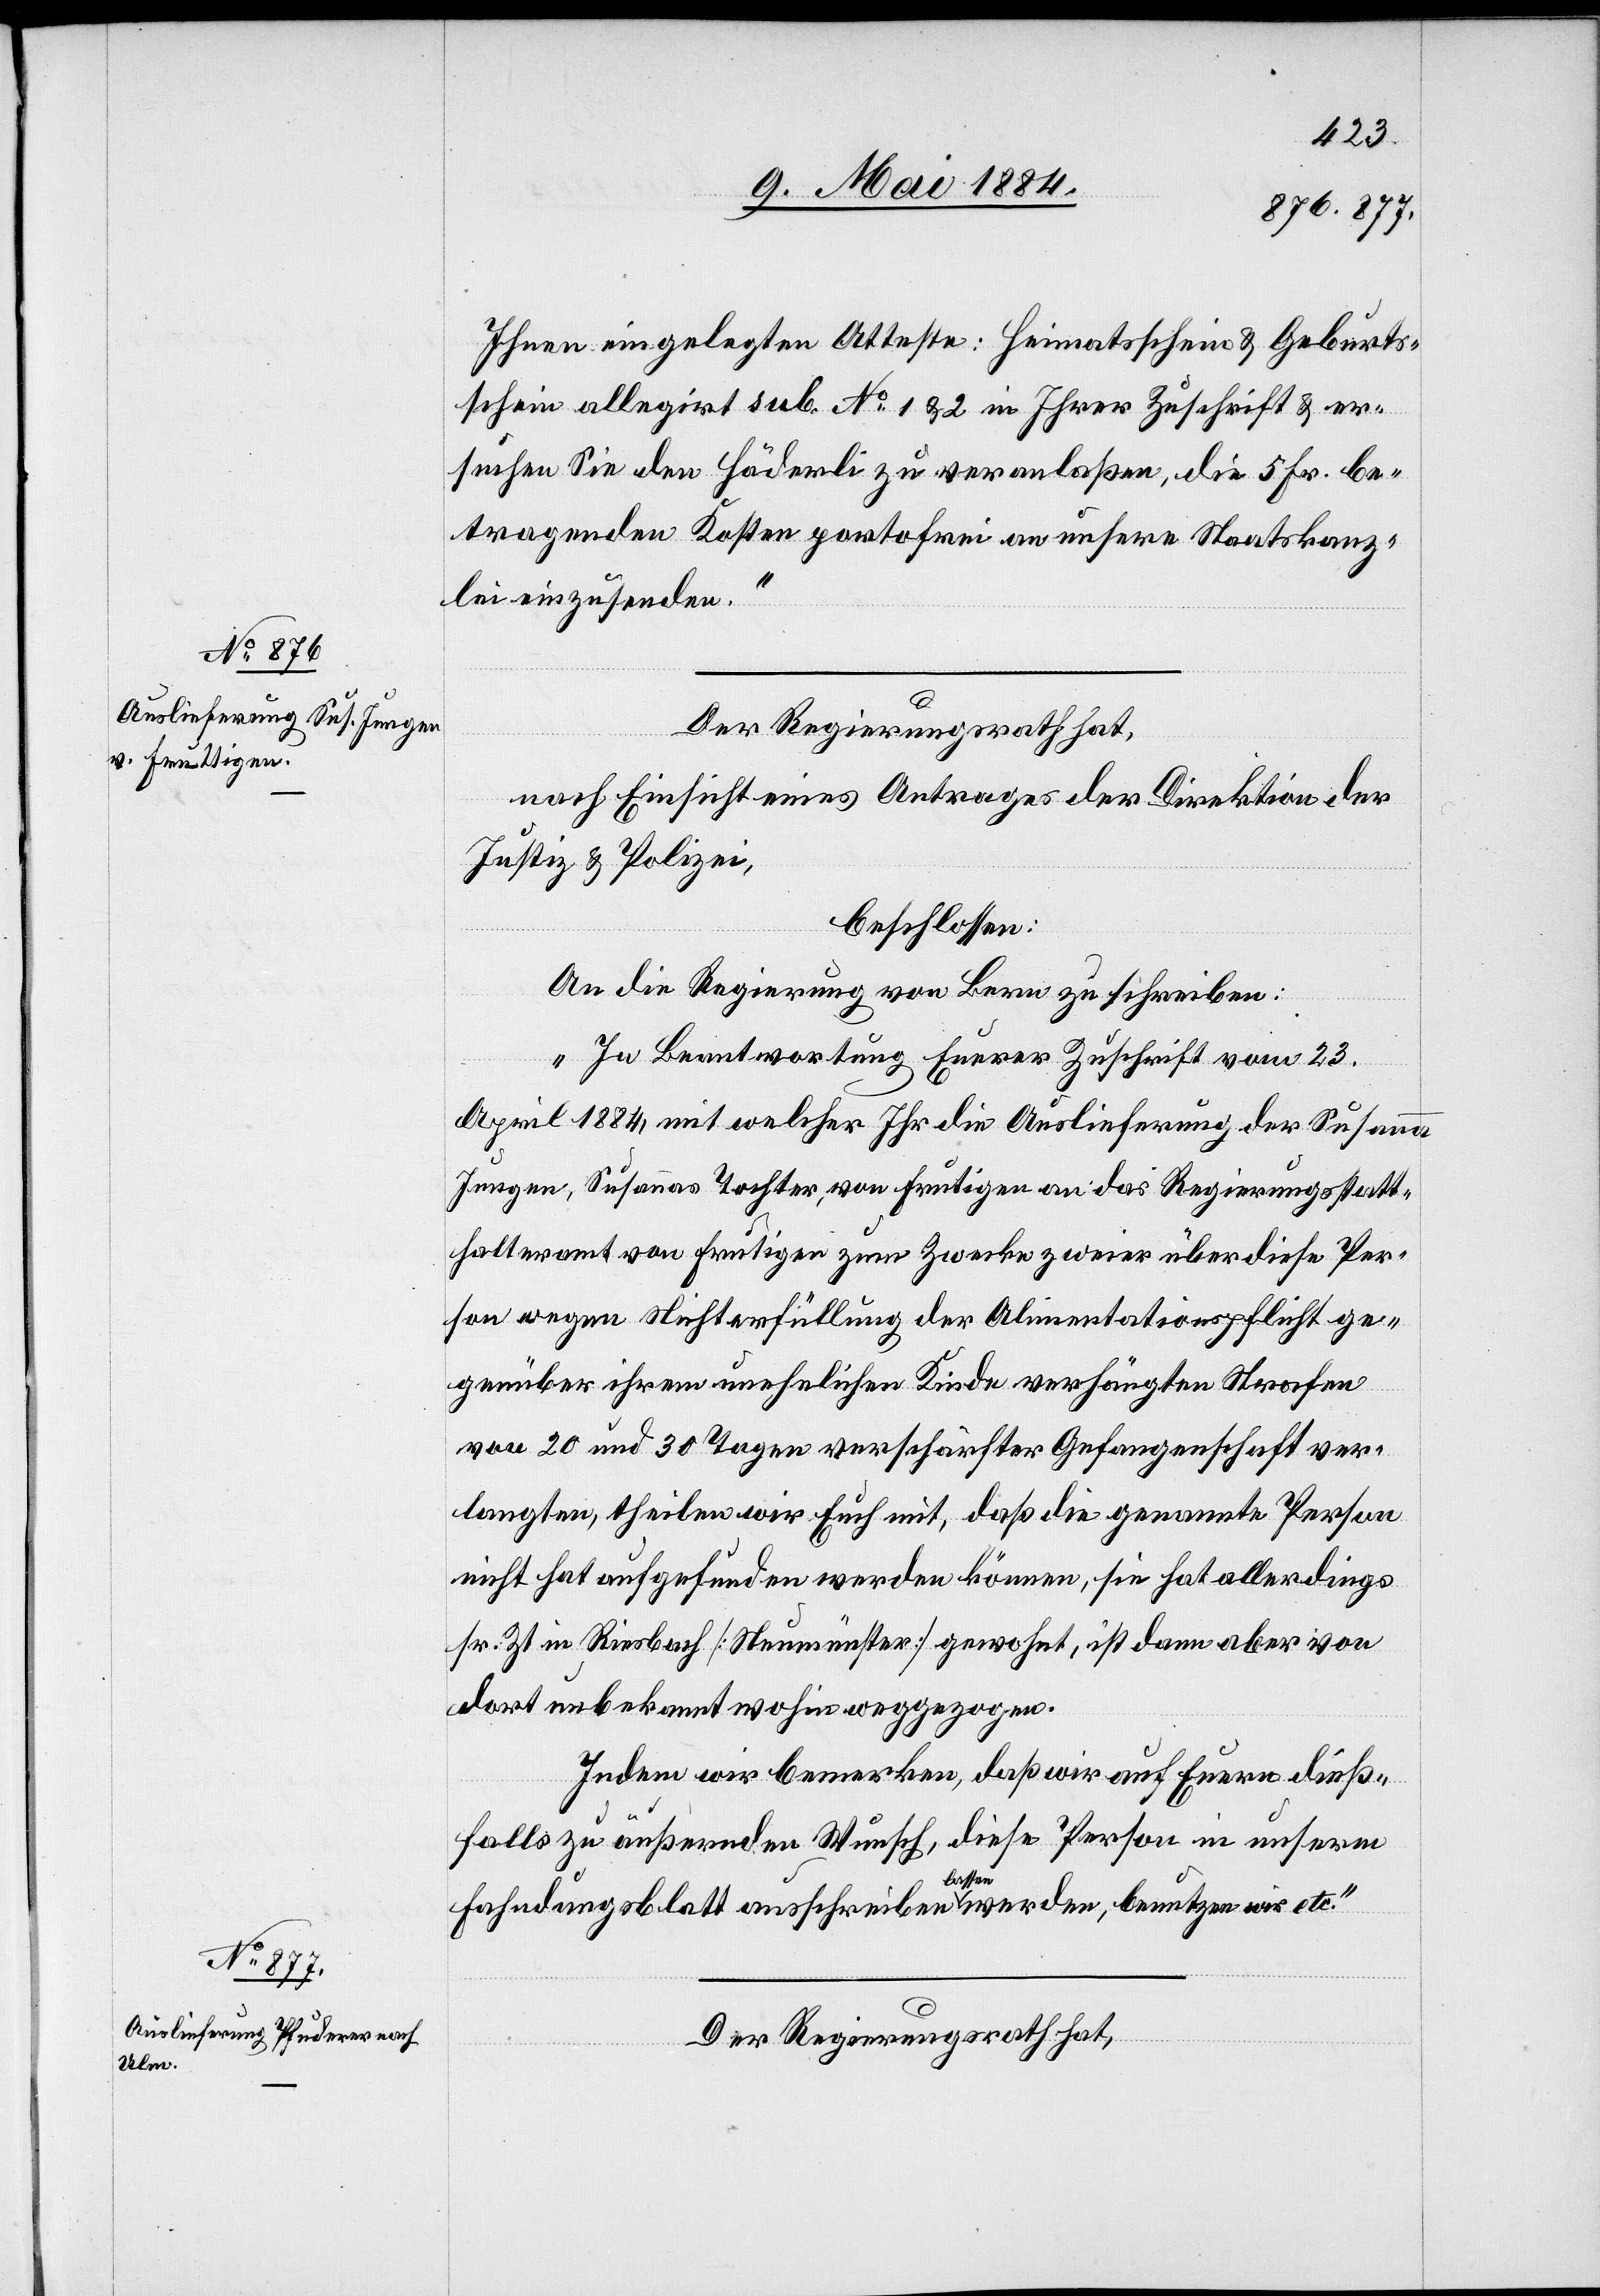
Ihnen eingelegten Akten: Heimathschein & Geburts¬
schein allegirt sub. No 1 & 2 in Ihrer Zuschrift & er¬
suchen Sie den Häderli zu veranlaßen, die 5 Fr. be¬
tragenden Kosten portofrei an unsere Staatskanz¬
lei einzusenden.“
Der Regierungsrath hat,
nach Einsicht eines Antrages der Direktion der
Justiz- & Polizei,
beschlossen:
An die Regierung von Bern zu schreiben:
„In Beantwortung Euerer Zuschrift vom 23.
April 1884, mit welcher Ihr die Auslieferung der Susanna
Jungen, Susannas Tochter, von Frutigen an das Regierungsstatt¬
halteramt von Frutigen zum Zwecke zweier über diese Per¬
son wegen Nichterfüllung der Alimentationspflicht ge¬
genüber ihrem unehelichen Kinde verhängten Strafen
von 20 und 30 Tagen verschärfter Gefangenschaft ver¬
langten, theilen wir Euch mit, daß die genannte Person
nicht hat aufgefunden werden können, sie hat allerdings
sr. Zt. in Riesbach [Neumünster] gewohnt, ist dann aber von
dort unbekannt wohin weggezogen.
Indem wir bemerken, daß wir auf Eueren dieß¬
falls zu äußernden Wunsch, diese Person in unserm
Fahndungsblatt ausschreiben lassen werden, benutzen wir etc.“
Der Regierungsrath hat,